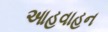
આહવાહન